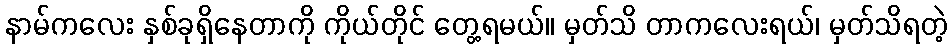
နာမ်ကလေး နှစ်ခုရှိနေတာကို ကိုယ်တိုင် တွေ့ရမယ်။ မှတ်သိ တာကလေးရယ်၊ မှတ်သိရတဲ့